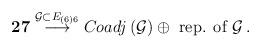
LaTeX: \begin{align*}{\bf 27}\stackrel{\mathcal{G}\subset E_{\left(6\right)6}}{\longrightarrow}Coadj\left(\mathcal{G}\right)\oplus\hbox{~rep. of~}\mathcal{G}\,.\end{align*}